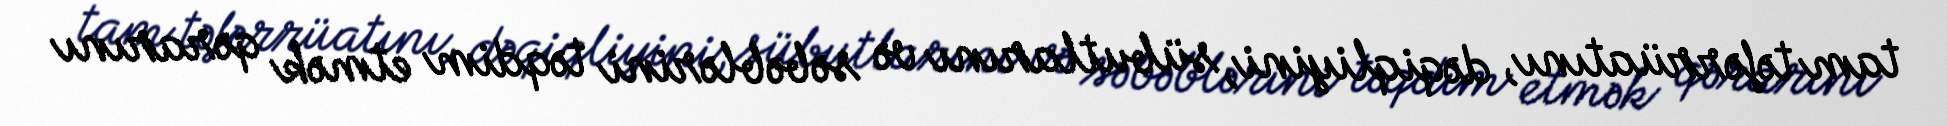
tam təfərrüatını, dəqiqliyini, sübutlarını və səbəblərini təqdim etmək qərarını